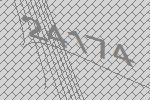
24174